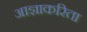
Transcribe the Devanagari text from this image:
आज्ञाकरिता